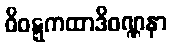
ဝိဝဋ္ဋကထာဒိဝဏ္ဏနာ